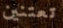
تعتنين